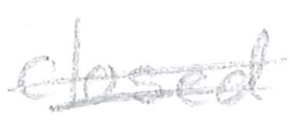
Text: closed
Cross-out: double-line
Writing tool: pencil